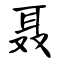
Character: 聂